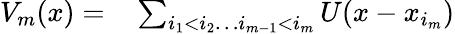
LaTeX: \begin{array}{rl}{V_{m}(x)=}&{{}\sum_{i_{1}<i_{2}\ldots i_{m-1}<i_{m}}U(x-x_{i_{m}})}\end{array}